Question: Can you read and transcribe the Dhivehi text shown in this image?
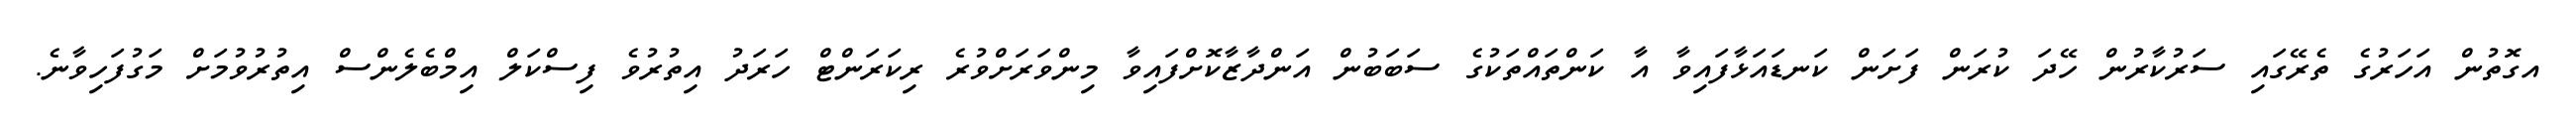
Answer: އގޮތުން އަހަރުގެ ތެރޭގައި ސަރުކާރުން ހޭދަ ކުރަން ފަށަން ކަނޑައަޅާފައިވާ އާ ކަންތައްތަކުގެ ސަބަބުން އަންދާޒާކޮށްފައިވާ މިންވަރަށްވުރެ ރިކަރަންޓް ހަރަދު އިތުރުވެ ފިސްކަލް އިމްބެލެންސް އިތުރުވުމަށް މަގުފަހިވާނެ.